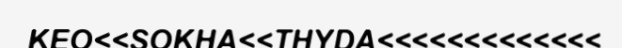
KEO<<SOKHA<<THYDA<<<<<<<<<<<<<